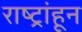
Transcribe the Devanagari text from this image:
राष्ट्रांहून